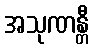
အသုဏန္တီ